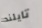
تايلند